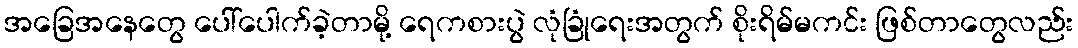
အခြေအနေတွေ ပေါ်ပေါက်ခဲ့တာမို့ ရေကစားပွဲ လုံခြုံရေးအတွက် စိုးရိမ်မကင်း ဖြစ်တာတွေလည်း